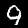
Label: 9